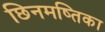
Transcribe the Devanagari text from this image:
छिनमष्तिका